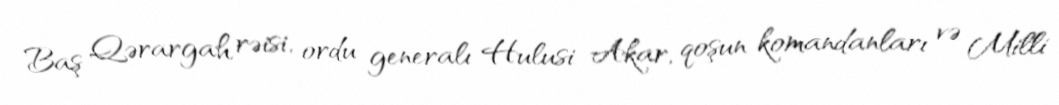
Baş Qərargah rəisi, ordu generalı Hulusi Akar, qoşun komandanları və Milli